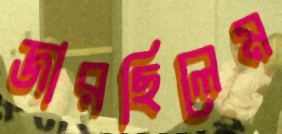
জারছিলেম